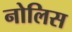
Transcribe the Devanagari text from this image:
नोलिस